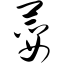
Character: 荽